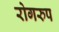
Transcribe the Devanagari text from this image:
रोगरुप